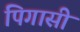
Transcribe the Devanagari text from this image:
पिगासी